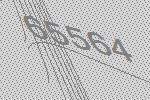
65564